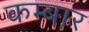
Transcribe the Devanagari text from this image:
कम्बार